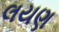
લયણ